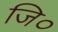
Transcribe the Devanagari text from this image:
जि०